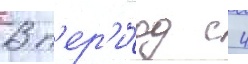
В п'ер'и́од с 4